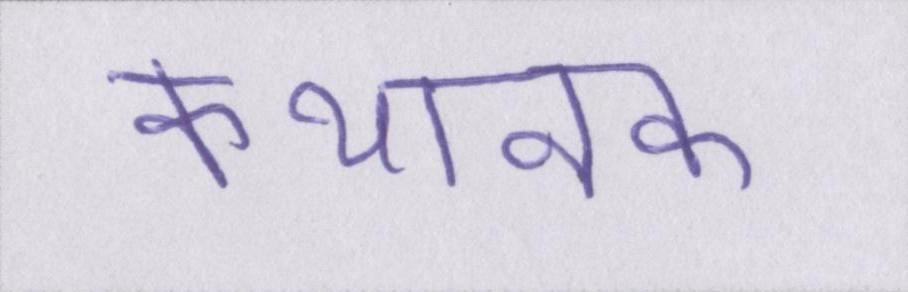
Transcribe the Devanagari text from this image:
कथानक